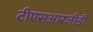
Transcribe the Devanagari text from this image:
टीएसआरजीडी